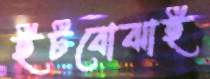
ইটবোঝাই